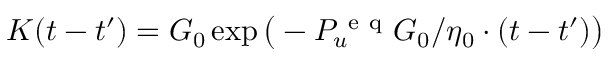
K ( t - t ^ { \prime } ) = G _ { 0 } \exp \big ( - P _ { u } ^ { \mathrm { ~ e ~ q ~ } } G _ { 0 } / \eta _ { 0 } \cdot ( t - t ^ { \prime } ) \big )